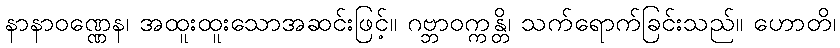
နာနာဝဏ္ဏေန၊ အထူးထူးသောအဆင်းဖြင့်။ ဂဗ္ဘာဝက္ကန္တိ၊ သက်ရောက်ခြင်းသည်။ ဟောတိ၊